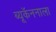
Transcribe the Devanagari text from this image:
ब्यूकॅननाला